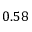
0 . 5 8